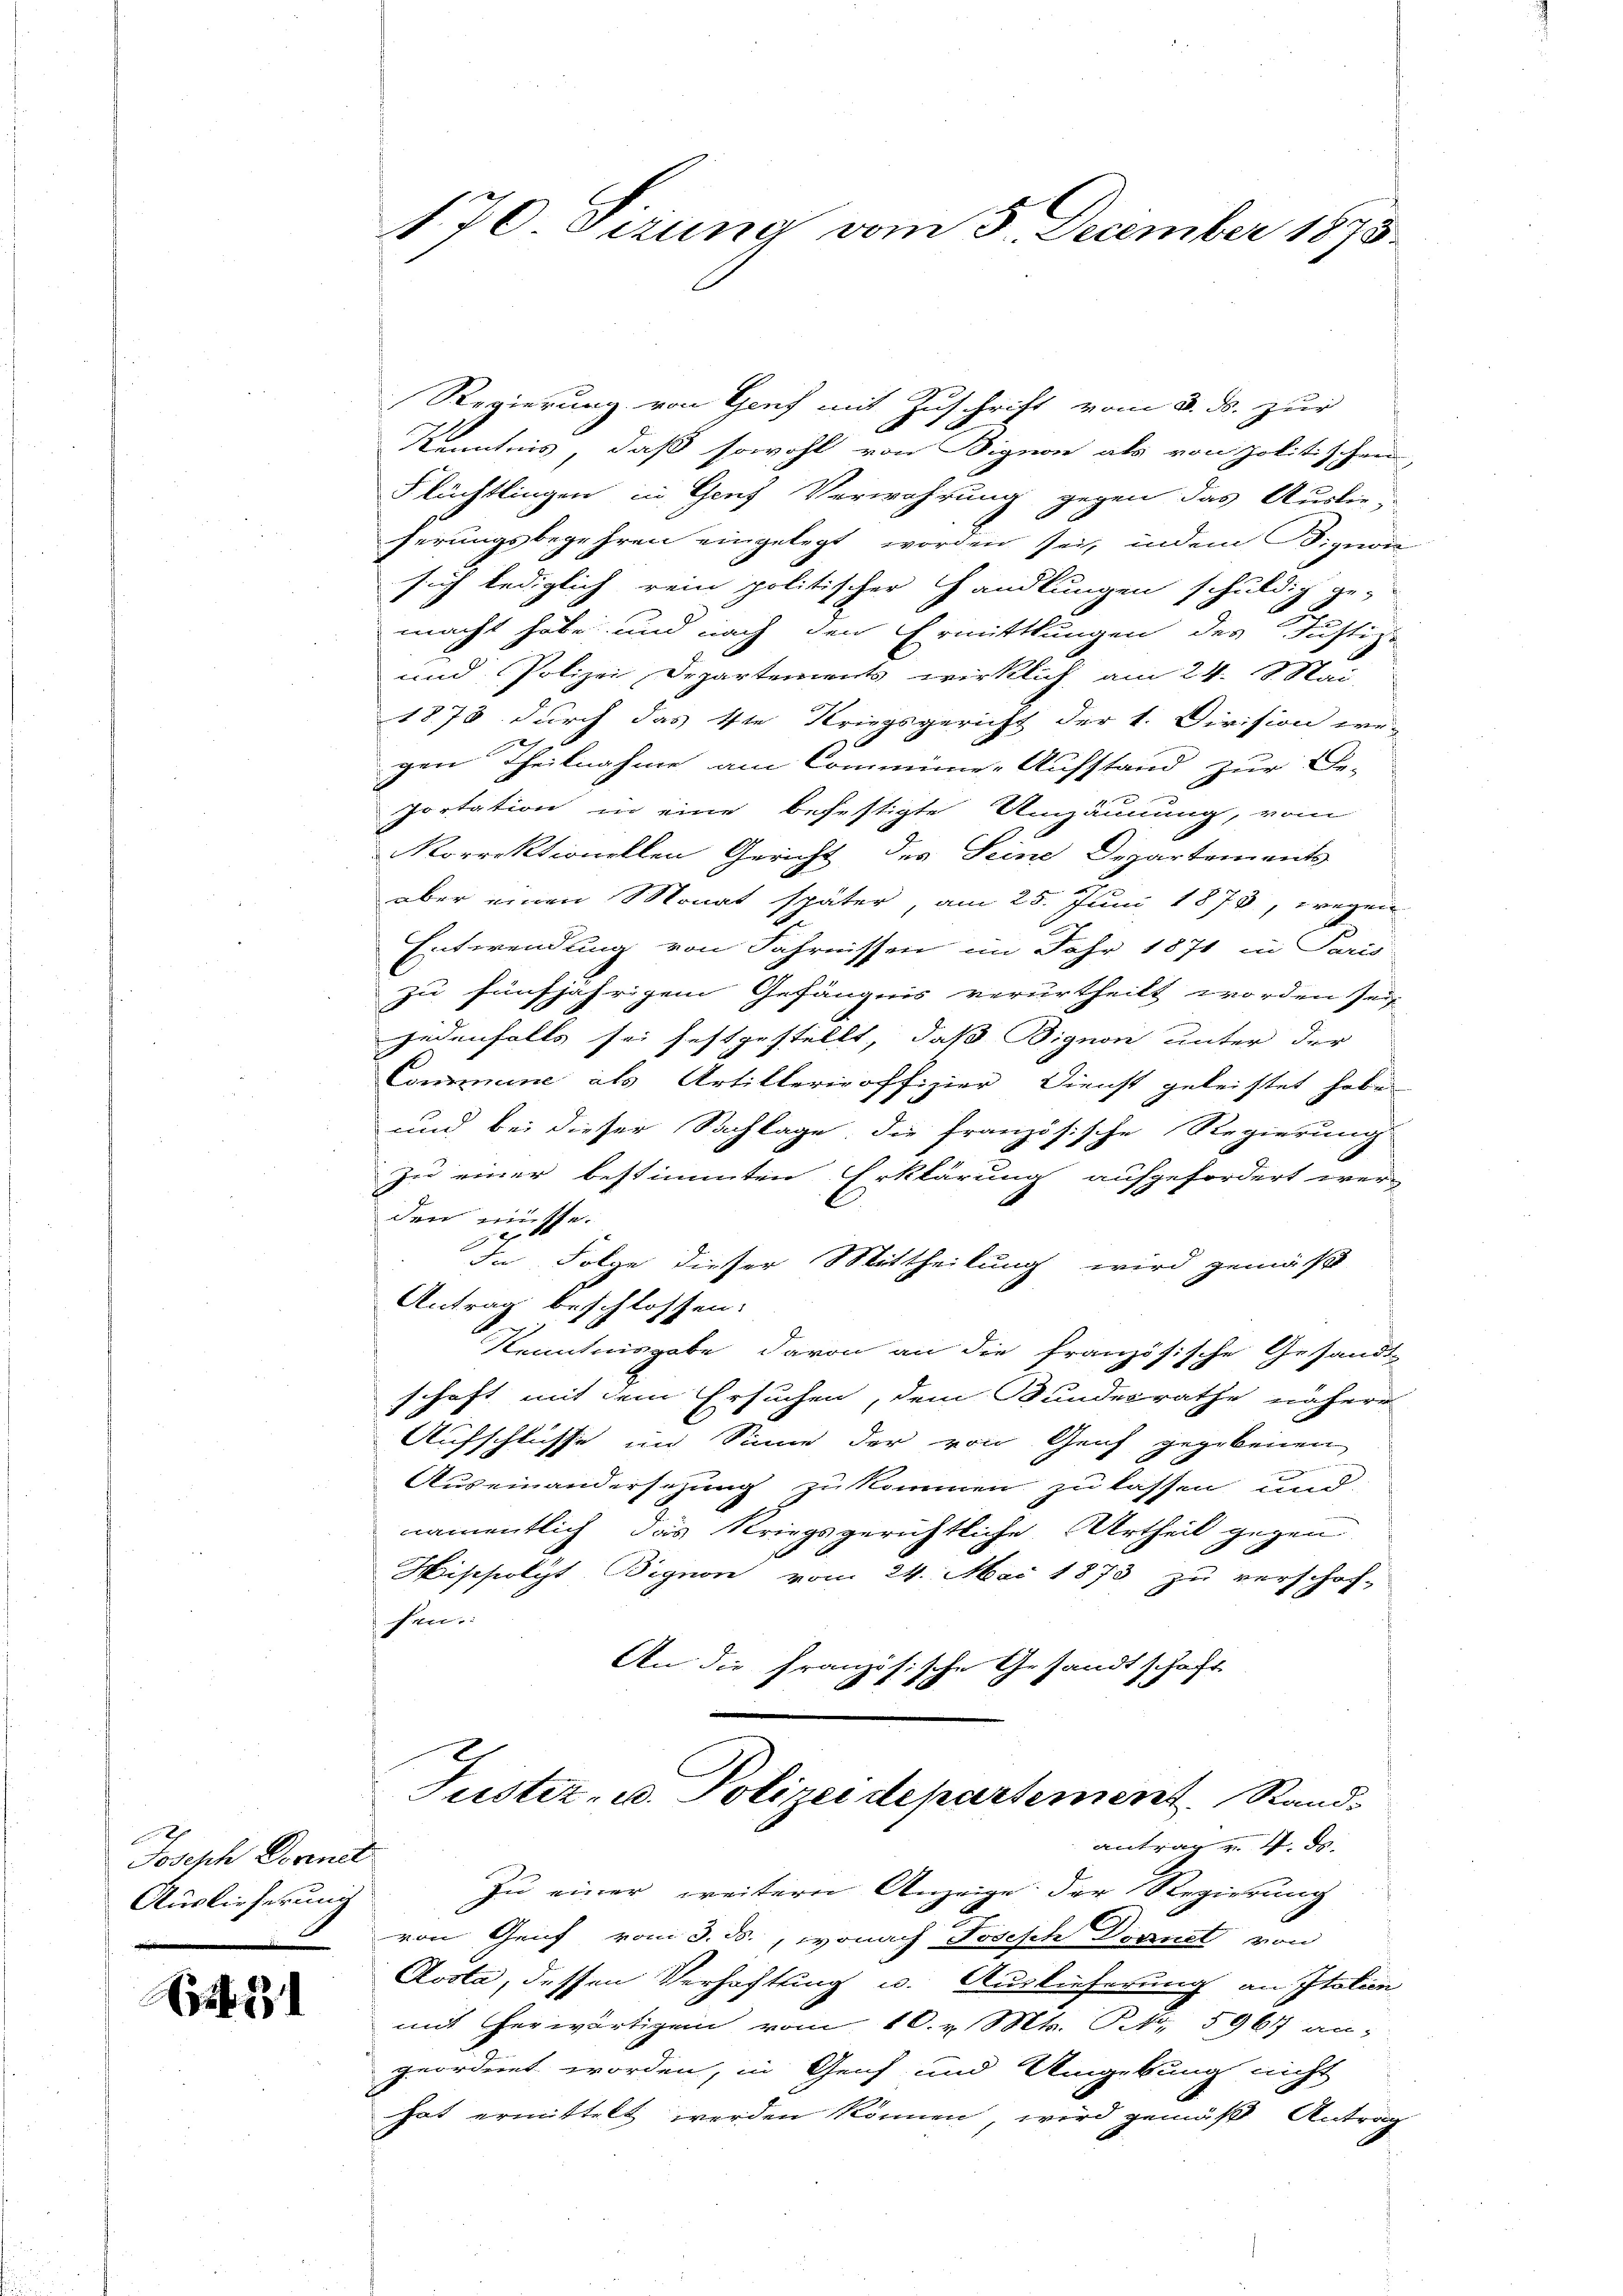
Joseph Dornet
Auslieferung

Eib

170. Sizung vom 5. December 1875.

Regierung von Genf mit Zuschrift vom 3. ds. zur
Kenntnis, daß sowohl von Bignon als von politischen
Flüchtlingen in Genf Verwahrung gegen das Auslie-
ferungsbegehren eingelegt worden sei, indem Bignone
sich lediglich rein politischer Handlungen schuldig ge-
macht habe und nach den Ermittlungen des Justiz-
und Polizei Departements wirklich am 24. Mai
1878 durch das 1te Kriegsgericht der 1. Division we-
gen Theilnahme am Commüne-Aufstand zur Be-
x
Portation in eine befestigte Unzäunung, vom
Korrektionellen Gericht des Seine Departements
aber einen Monat später, am 25. Juni 1873, wegen
Entwendung von Fahrnissen im Jahr 1871 in Paris
zu fünfjährigem Gefängnis verurtheilt worden sei
jedenfalls sei festgestellt, daß Bignon unter der
Commune als Artilleriroffizier Dienst geleistet habe
und bei dieser Sachlage, die französische Regierung
zu einer bestimmten Erklärung aufgefordert wer-
den müsse.

In Folge dieser Mittheilung wird gemäß
Antrag beschlossen:
Kenntnisgabe davon an die französische Gesandt-
schaft mit dem Ersuchen, dem Bundesrathe nähere
Aufschlüsse im Sinne der von Genf gegebenen
.
Auseinandersezung zukommen zu lassen und
namentlich das Kriegsgerichtliche Urtheil gegen
Misfolgt Bignon vom 24. Mai 1873 zu verschof-
fen.
An die Französische Gesandtschaft
Justiz- u. Polizei departement. Standantrag u. 4. ds.
Zu einer weitern Anzeige der Regierung
von Genf vom 3. ds., wonach Joseph Donnet von
Aosta, dessen Verhaftung u. Auslieferung an Italien
mit herwärtigen vom 10. v. Mts. S. 596 an-
geordnet worden, in Genf und Umgebung nicht
hat ermittelt werden können wird gemäß Antrag